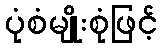
ပုံစံမျိုးစုံဖြင့်